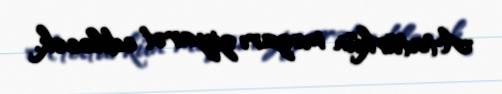
Atatürkün məzarı ziyarət ediləcək.